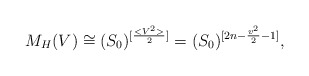
\begin{align*}M_H(V)\cong (S_0)^{[\frac{<V^2>}{2}]}= (S_0)^{[2n-\frac{v^2}{2}-1]},\end{align*}